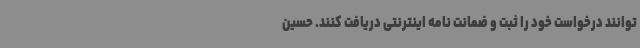
توانند درخواست خود را ثبت و ضمانت نامه اینترنتی دریافت کنند. حسین